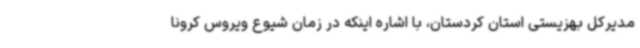
مدیرکل بهزیستی استان کردستان، با اشاره اینکه در زمان شیوع ویروس کرونا